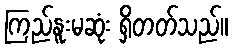
ကြည်နူးမဆုံး ရှိတတ်သည်။